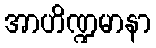
အာဟိဏ္ဍမာနာ